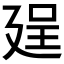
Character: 𢌥